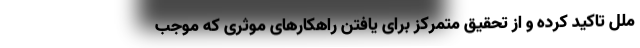
ملل تاکید کرده و از تحقیق متمرکز برای یافتن راهکارهای موثری که موجب